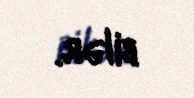
bilər.